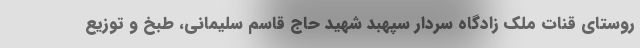
روستای قنات ملک زادگاه سردار سپهبد شهید حاج قاسم سلیمانی، طبخ و توزیع